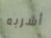
أشربه